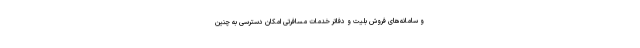
و سامانه‌های فروش بلیت و دفاتر خدمات مسافرتی امکان دسترسی به چنین